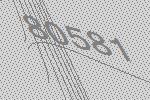
80581